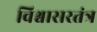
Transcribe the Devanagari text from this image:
विश्वासरतंत्र